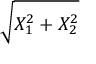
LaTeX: \sqrt { X _ { 1 } ^ { 2 } + X _ { 2 } ^ { 2 } }